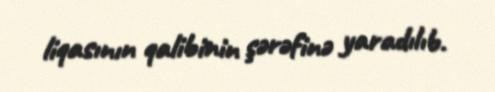
liqasının qalibinin şərəfinə yaradılıb.